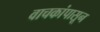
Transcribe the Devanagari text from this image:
वाचकांपासून